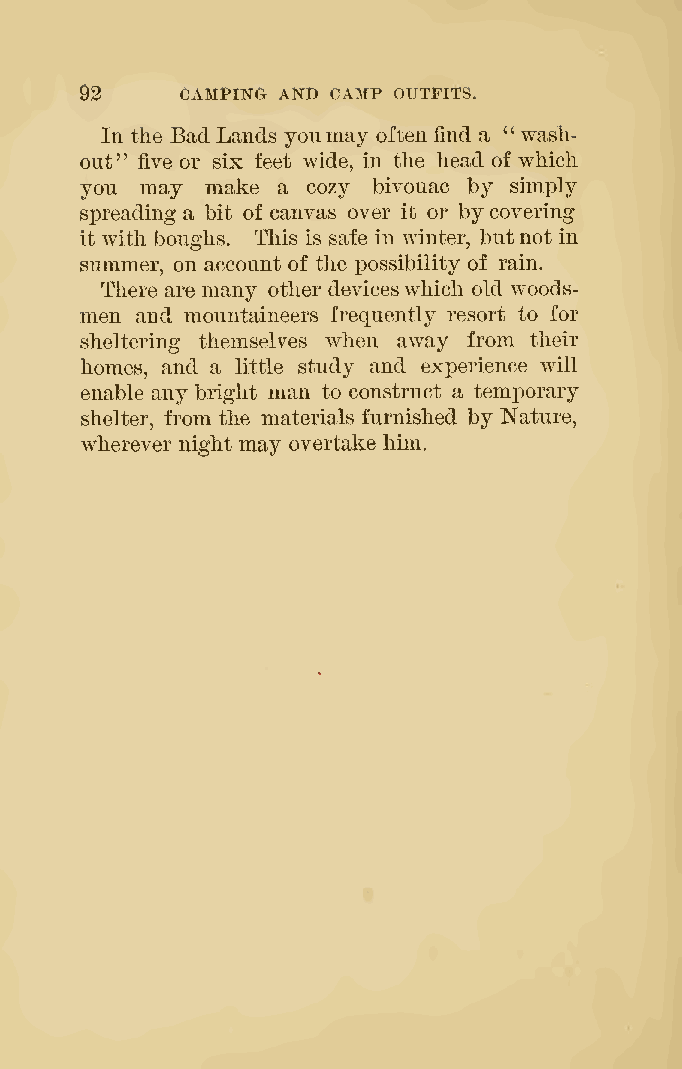
02     CAMPIN(1 AND CAMP OUTFITS.
 In the BadLands yoiimay oftenfind a " wash-
 out' five or six feet wide, in the head of which
 '
 you may  make a cozy bivouac by simply
 spreading a bit of canvas over it or bycovering
 it with boughs. This is safe in winter, butnot in
 summer, on account of the possibility of rain.
 There are many other deviceswhich old woods-
 men and mountaineers frequently resort to for
 sheltering themselves when away from their
 homes, and a little study and experience will
 enable any bright man to construct a temporary
 shelter, from the materials furnished by Nature,
 wherever night may overtake him.